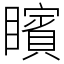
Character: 矉